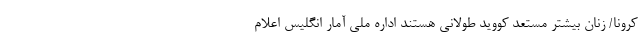
کرونا/ زنان بیشتر مستعد کووید طولانی هستند اداره ملی آمار انگلیس اعلام